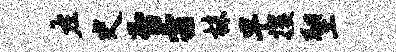
左史否霜株早攫塑